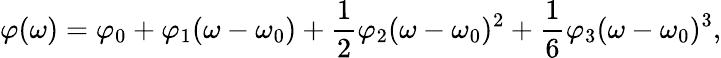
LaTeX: \varphi(\omega)=\varphi_{0}+\varphi_{1}(\omega-\omega_{0})+\frac{1}{2}\varphi_{2}(\omega-\omega_{0})^{2}+\frac{1}{6}\varphi_{3}(\omega-\omega_{0})^{3},